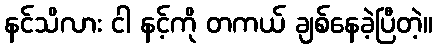
နင်သိလား ငါ နင့်ကို တကယ် ချစ်နေခဲ့ပြီတဲ့။